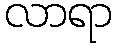
လာရာ